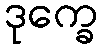
ဒုက္ခေ